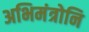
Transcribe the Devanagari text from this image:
अभिमंत्रोनि